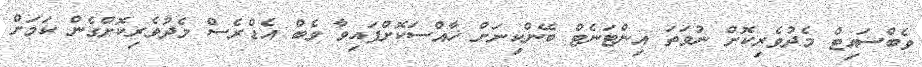
ވެބްސައިޓް މެދުވެރިކޮށް ނުވަތަ އިންޓަނެޓް ބޭންކިނަށް ޚާއްސަކޮށްފައިވާ ވެބް އެޑްރެސް މެދުވެރިކޮށްގެން ކަމަށް